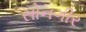
સોનગીર